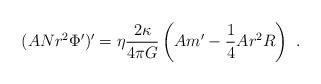
LaTeX: \begin{align*}(AN r^2 \Phi')' = \eta \frac{2 \kappa}{4 \pi G} \left( A m' - \frac{1}{4} A r^2 R \right)\ . \end{align*}